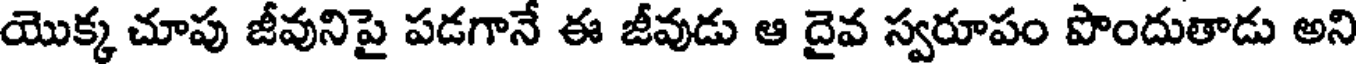
యొక్క చూపు జీవునిపై పడగానే ఈ జీవుడు ఆ దైవ స్వరూపం పొందుతాడు అని